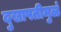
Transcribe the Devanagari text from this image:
दुखापतीमुळं